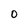
Character: O